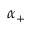
\alpha _ { + }